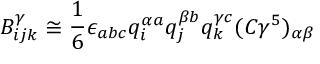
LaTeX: B _ { i j k } ^ { \gamma } \cong \frac { 1 } { 6 } \epsilon _ { a b c } q _ { i } ^ { \alpha a } q _ { j } ^ { \beta b } q _ { k } ^ { \gamma c } ( C \gamma ^ { 5 } ) _ { \alpha \beta }